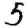
Digit: 5